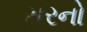
સરનો